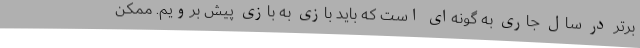
برتر در سال جاری به گونه‌ای است که باید بازی به بازی پیش برویم. ممکن